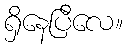
ရှိနေပြီလေ။